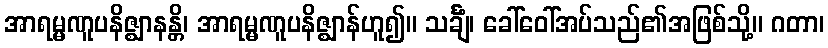
အာရမ္မဏူပနိဇ္ဈာနန္တိ၊ အာရမ္မဏူပနိဇ္ဈာန်ဟူ၍။ သင်္ချံ၊ ခေါ်ဝေါ်အပ်သည်၏အဖြစ်သို့။ ဂတာ၊